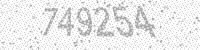
Solution: 749254